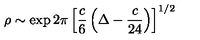
\rho \sim \exp 2 \pi \left[ { \frac { c } { 6 } } \left( \Delta - { \frac { c } { 2 4 } } \right) \right] ^ { 1 / 2 } ~